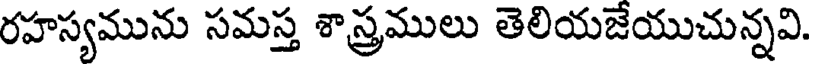
రహస్యమును సమస్త శాస్త్రములు తెలియజేయుచున్నవి.